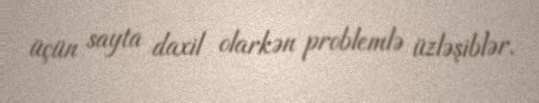
üçün sayta daxil olarkən problemlə üzləşiblər.